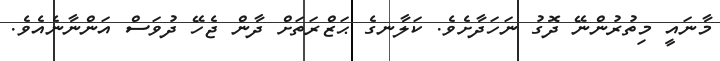
މާނައީ މިތުރުންނޭ ދޮގު ނަހަދާށެވެ. ކަލާނގެ ޙަޒްރަތަށް ދާން ޖެހޭ ދުވަސް އަންނާނެއެވެ.